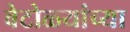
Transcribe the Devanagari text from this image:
वेटोळ्यांच्या